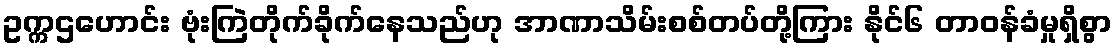
ဥက္ကဌဟောင်း ဗုံးကြဲတိုက်ခိုက်နေသည်ဟု အာဏာသိမ်းစစ်တပ်တို့ကြား နိုင်၆ တာဝန်ခံမှုရှိစွာ